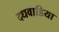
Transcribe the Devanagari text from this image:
दधवाडिया